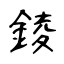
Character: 錂